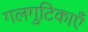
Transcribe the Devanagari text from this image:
गलगुटिकाएँ